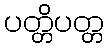
ပတ္တိပတ္တ